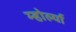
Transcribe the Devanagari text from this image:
म्होर्ल्या